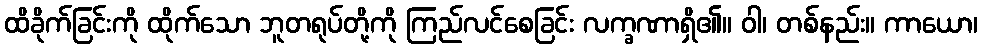
ထိခိုက်ခြင်းကို ထိုက်သော ဘူတရုပ်တို့ကို ကြည်လင်စေခြင်း လက္ခဏာရှိ၏။ ဝါ၊ တစ်နည်း။ ကာယော၊